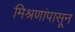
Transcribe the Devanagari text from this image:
मिश्रणांपासून